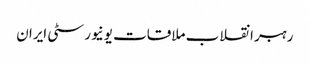
رہبر انقلاب ملاقات یونیورسٹی ایران